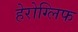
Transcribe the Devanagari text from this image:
हेरोग्लिफ